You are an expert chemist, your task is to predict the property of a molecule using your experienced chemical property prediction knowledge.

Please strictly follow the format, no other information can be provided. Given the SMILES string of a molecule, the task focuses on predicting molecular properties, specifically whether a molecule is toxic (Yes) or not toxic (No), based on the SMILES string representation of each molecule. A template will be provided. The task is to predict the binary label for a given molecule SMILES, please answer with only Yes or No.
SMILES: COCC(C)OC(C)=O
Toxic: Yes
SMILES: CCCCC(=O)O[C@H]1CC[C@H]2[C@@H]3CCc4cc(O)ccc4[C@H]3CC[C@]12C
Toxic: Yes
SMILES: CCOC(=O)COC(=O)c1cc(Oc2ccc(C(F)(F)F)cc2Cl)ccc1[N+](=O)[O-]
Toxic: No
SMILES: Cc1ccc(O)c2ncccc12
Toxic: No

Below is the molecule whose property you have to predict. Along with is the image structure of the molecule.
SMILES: Cc1ccc(/N=N/c2c(O)c(C(=O)[O-])cc3ccccc23)c(S(=O)(=O)[O-])c1
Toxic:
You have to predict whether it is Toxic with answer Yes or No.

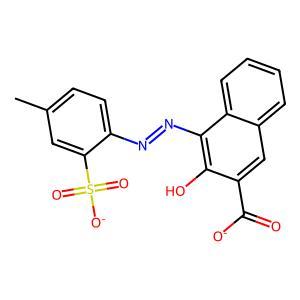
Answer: No